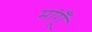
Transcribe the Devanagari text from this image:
मांगूँ